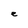
Character: e